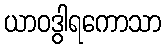
ယာဝဒွါရကောသာ